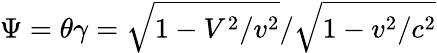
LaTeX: \Psi=\theta\gamma=\sqrt{1-V^{2}/v^{2}}/\sqrt{1-v^{2}/c^{2}}